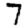
Digit: 7